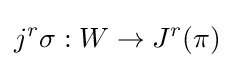
j^{r}\sigma :W\rightarrow J^{r}(\pi )